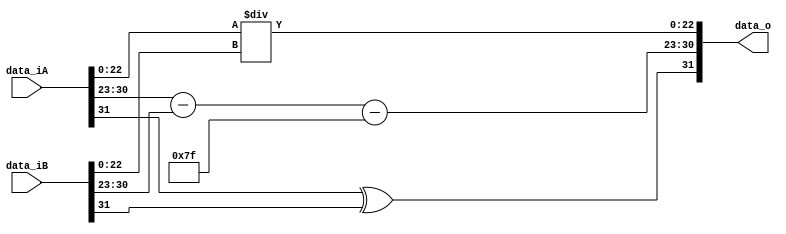
module FP_MulDiv(data_iA, data_iB, data_o);
	input [31:0] data_iA, data_iB;
	output reg [31:0] data_o;
	
	reg SignProduct;
	reg [7:0] ExpA, ExpB, ExpProduct;
	reg [22:0] MantA, MantB;
	reg [22:0] MantProduct;
	reg [31:0] Product;
	
	always @ (data_iA, data_iB) begin
		// Separate all components (exponents, mantissas)
		ExpA = data_iA[30:23]; ExpB = data_iB[30:23];
		MantA = data_iA[22:0];
		MantB = data_iB[22:0];
		
		// Sub the two exponents
		ExpProduct = (ExpA - ExpB) - 8'd127;
		
		// Div the two Mantissas
		MantProduct = MantA / MantB;
		
		// Calculate result sign
		SignProduct = data_iA[31] ^ data_iB[31];
		
		// Output
		data_o = {SignProduct, ExpProduct[7:0], MantProduct[22:0]};
	end
	
	/*
	always @ (*) begin
		MantProduct_temp = MantProduct;
		if (MantProduct_temp[23] != 1'b1) begin
			MantProduct = MantProduct_temp << 1;
			MantProduct_temp = MantProduct;
		end
		else begin
			MantProduct = MantProduct_temp;
		end
	end
	*/
	
endmodule